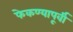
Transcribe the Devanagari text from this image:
फेकण्यापूर्वी